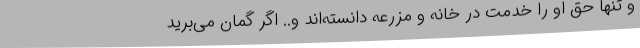
و تنها حق او را خدمت در خانه و مزرعه دانسته‌اند و.. اگر گمان می‌برید